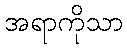
အရာကိုသာ